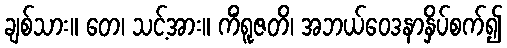
ချစ်သား။ တေ၊ သင့်အား။ ကိံရူဇတိ၊ အဘယ်ဝေဒနာနှိပ်စက်၍